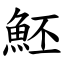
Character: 魾